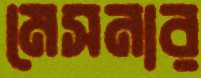
মেসনার